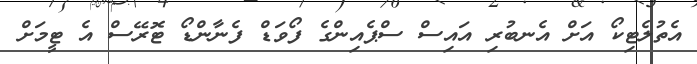
އެތުލެޓިކޯ އަށް އެނބުރި އައިސް ސްޕެއިންގެ ފޯވަޑް ފެނާންޑޯ ޓޮރޭސް އެ ޓީމަށް